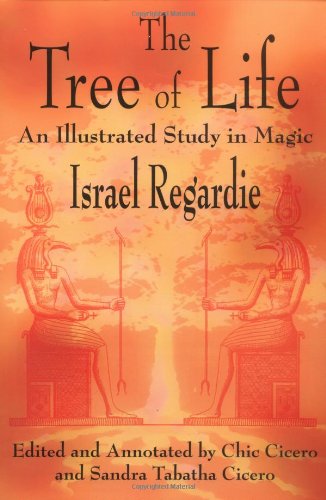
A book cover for The Tree of Life: An Illustrated Study in Magic; Israel Regardie; Religion & Spirituality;